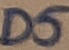
Text: D5